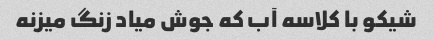
شیکو با کلاسه آب که جوش میاد زنگ میزنه